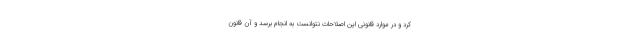
کرد و در موارد قانونی این اصلاحات نتوانست به انجام برسد و آن قانون